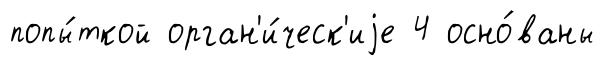
попы́ткой орган'и́ческ'иjе 4 осно́ваны